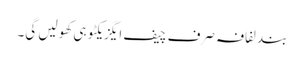
بند لفافہ صرف چیف ایگزیکٹو ہی کھولیں گی۔